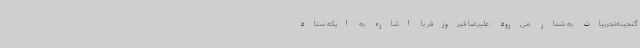
گنجینه‌تجربیات به شمار می‌رود. علیرضا فیروزفر با اشاره به ایکه ستاد